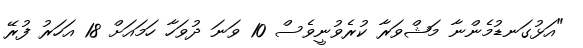
"އަޅުގަނޑުމެންނާ މަޝްވަރާ ކުރެވުނީވެސް 10 ވަނަ ދުވަހާ ހަމައަށް 18 އަހަރު ފުރޭ